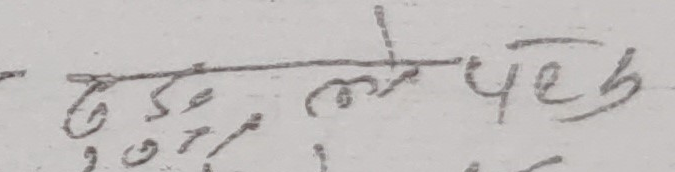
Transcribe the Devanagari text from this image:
६ से ले पेछ